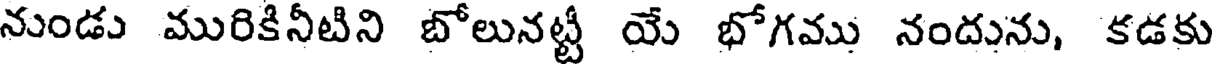
నుండు మురికినీటిని బోలునట్టీ యే భోగము నందును, కడకు